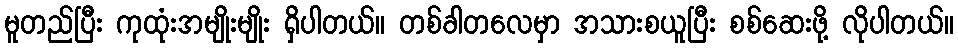
မူတည်ပြီး ကုထုံးအမျိုးမျိုး ရှိပါတယ်။ တစ်ခါတလေမှာ အသားစယူပြီး စစ်ဆေးဖို့ လိုပါတယ်။